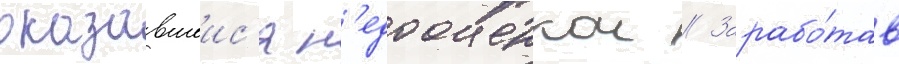
оказавшеис'я н'едооценкои // Зарабо́тав